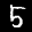
Label: 5